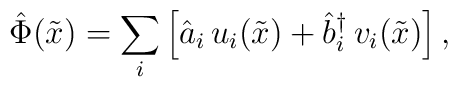
{\hat \Phi}({\tilde x})=\sum_i \left[{\hat a}_i\, u_i({\tilde x}) +{\hat b}_{i}^{\dag}\, v_{i}({\tilde x})\right],